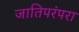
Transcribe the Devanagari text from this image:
जातिपरंपरा